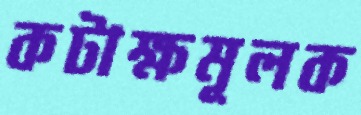
কটাক্ষমূলক